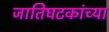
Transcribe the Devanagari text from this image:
जातिघटकांच्या